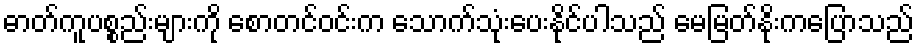
ဓာတ်ကူပစ္စည်းများကို စောတင်ဝင်းက သောက်သုံးပေးနိုင်ပါသည် မေမြတ်နိုးကပြောသည်